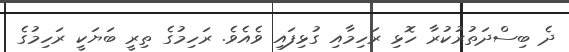
ދެ ބިސްދަތުރުކުރާ ހޮޅި ރަހިމާއި ގުޅިފައި ވެއެވެ. ރަހިމުގެ ތިރީ ބަޔަކީ ރަހިމުގެ